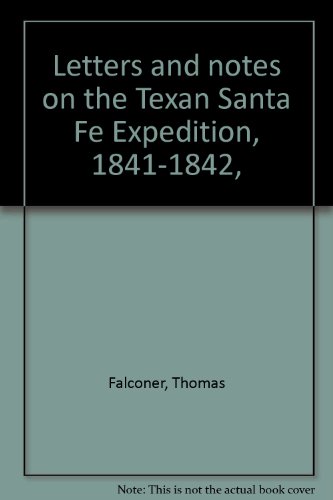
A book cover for Letters and notes on the Texan Santa Fe Expedition, 1841-1842,; Thomas Falconer; Travel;